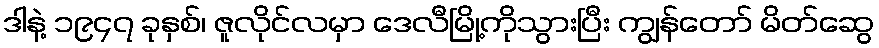
ဒါနဲ့ ၁၉၄၇ ခုနှစ်၊ ဇူလိုင်လမှာ ဒေလီမြို့ကိုသွားပြီး ကျွန်တော် မိတ်ဆွေ